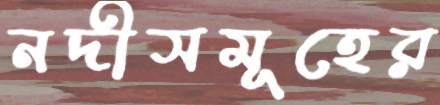
নদীসমূহের